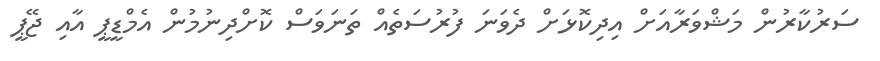
ސަރުކާރުން މަޝްވަރާއަށް އިދިކޮޅަށް ދެވަނަ ފުރުސަތެއް ތަނަވަސް ކޮށްދިނުމުން އެމްޑީޕީ އާއި ޖޭޕީ